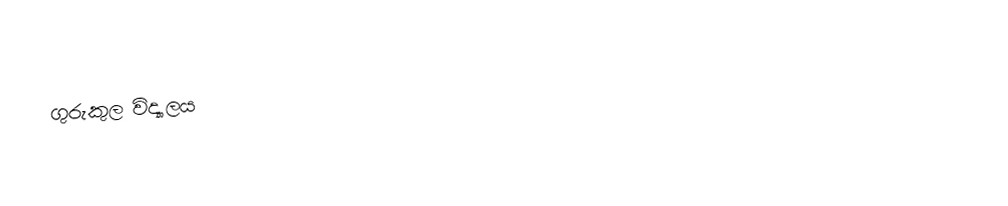
ගුරුකුල විද්‍යාලය